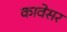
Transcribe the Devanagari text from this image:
कावेसर